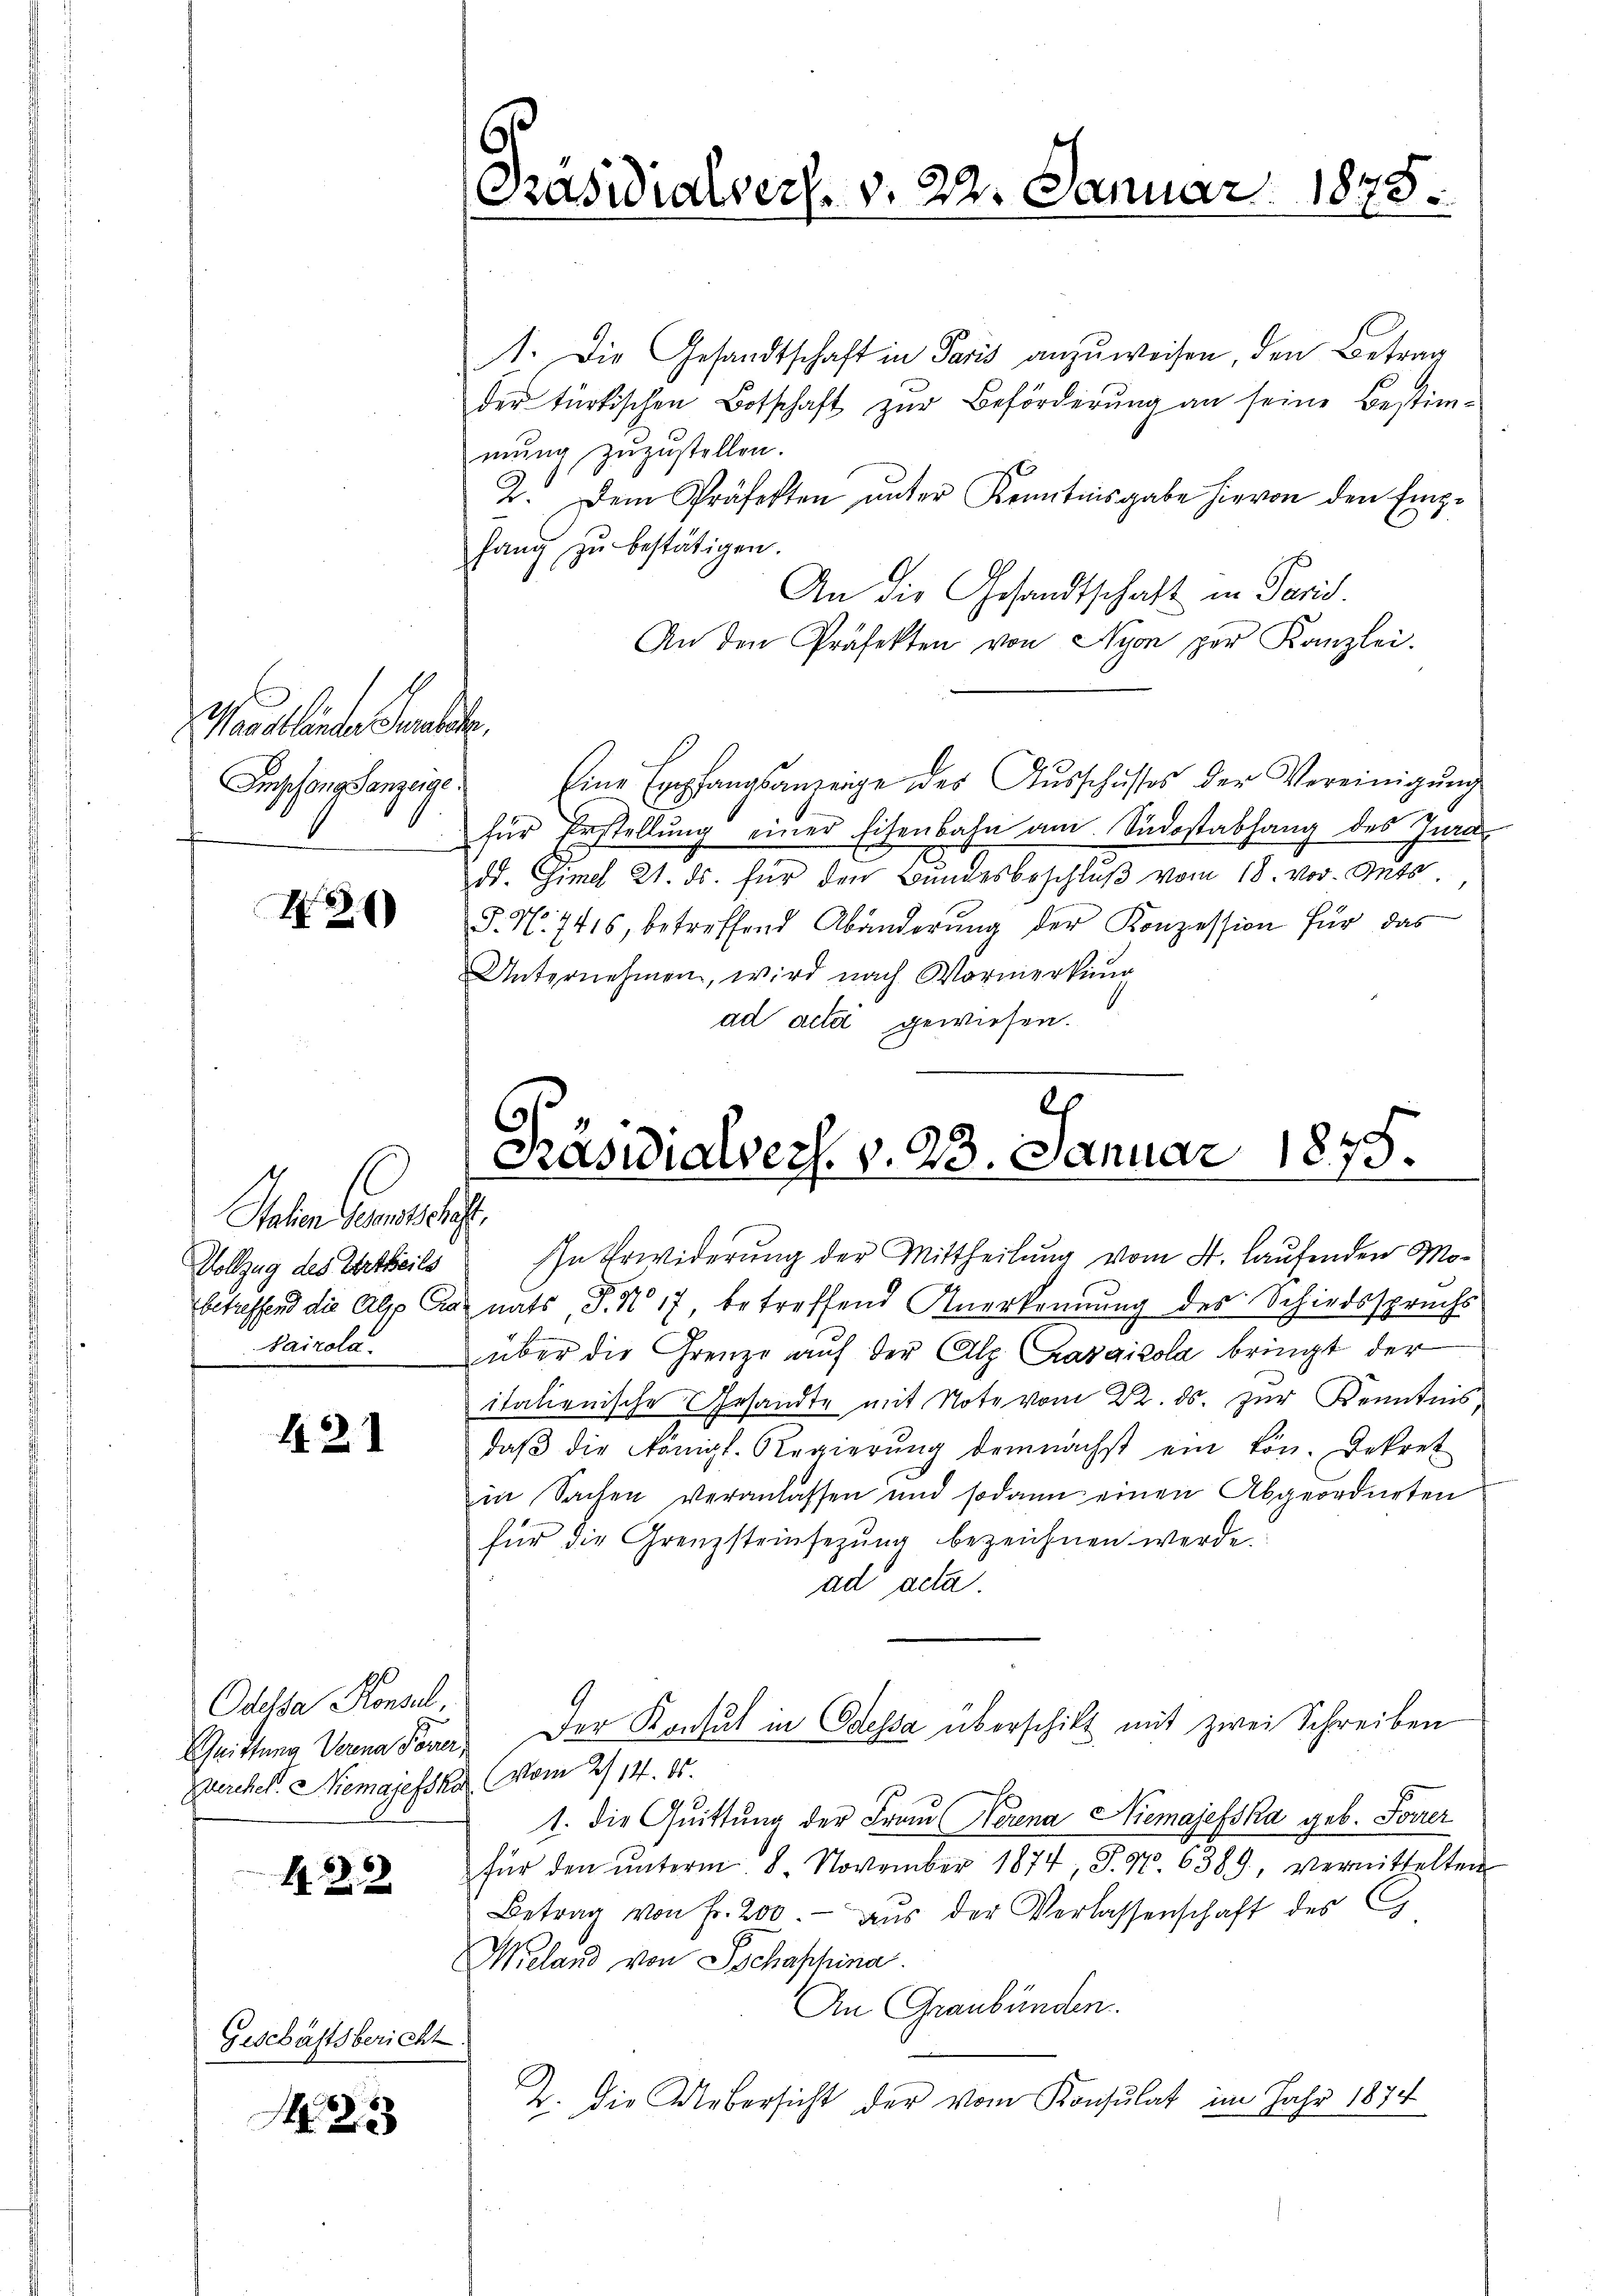
arbeite der

N26)

A Kath
Vollzug des Ertheils
Pairola.

121

Odessa Konsul,
Quittung Verena Taver,

122

Geschäftsbericht

25

1. Die Gesandtschaft in Paris anzuweisen, den Betrag
der türkischen Botschaft zur Beförderung an seine Bestimmŭng zŭzŭstellen.
2. Dem Präfekten ŭnter Kenntnisgabe hievon den Emphang zu bestätigen.
An die Gesandtschaft in Paris.
An den Präfekten von Nyon per Kanzlei.
Empfangsanzeige Eine Empfangsanzeige des Aŭsschusses der Vereinigŭng
für Erstellŭng einer Eisenbahn am Südostabhang des Jura
dd. Gimel 21. ds. für den Bundesbeschluß vom 18. vor. Guts
§. N. 7416, betreffend Abänderŭng der Konzession für das
Unternehmen, wird nach Vormerkung
ad acta gewiesen.

Präsidialvers. v. 22. Januar 1875.

h
Präsidialvers. v. 23. Januar 1875.
8
e

Ihn Erwiderung der Mittheilung vom 4. Laufenden Mobetreffend die Alp Graz nats, P. Nr. 17, betreffend Anerkennung des Schiedsspruchs
über die Grenze auf der Alp. Casgicola bringt der
italienische Gesandte mit Note vom 22. ds. zur Kenntnis,
daβ die Königl. Regierŭng demnächst ein kön. Dekret
in Sachen veranlassen und sodann einen Abgeordneten
für die Grenzsteinsezung bezeichnen werde.
ad acta.
Der Konsul in Odessa überschikt mit zwei Schreiben
Zwerchel. Niemajesska, (vom 2/14. 85.
1. die Quittung der Frau Verena Niemajefska geb. Forrer
für den ŭnterm 8. November 1874, S. Nr. 6389, vermittelten
Betrag von Fr. 200 aŭs der Verlassenschaft des C
Wieland von Tschashina
An Graubünden.
Z. die Uebersicht der vom Konsulat im Jahr 1874